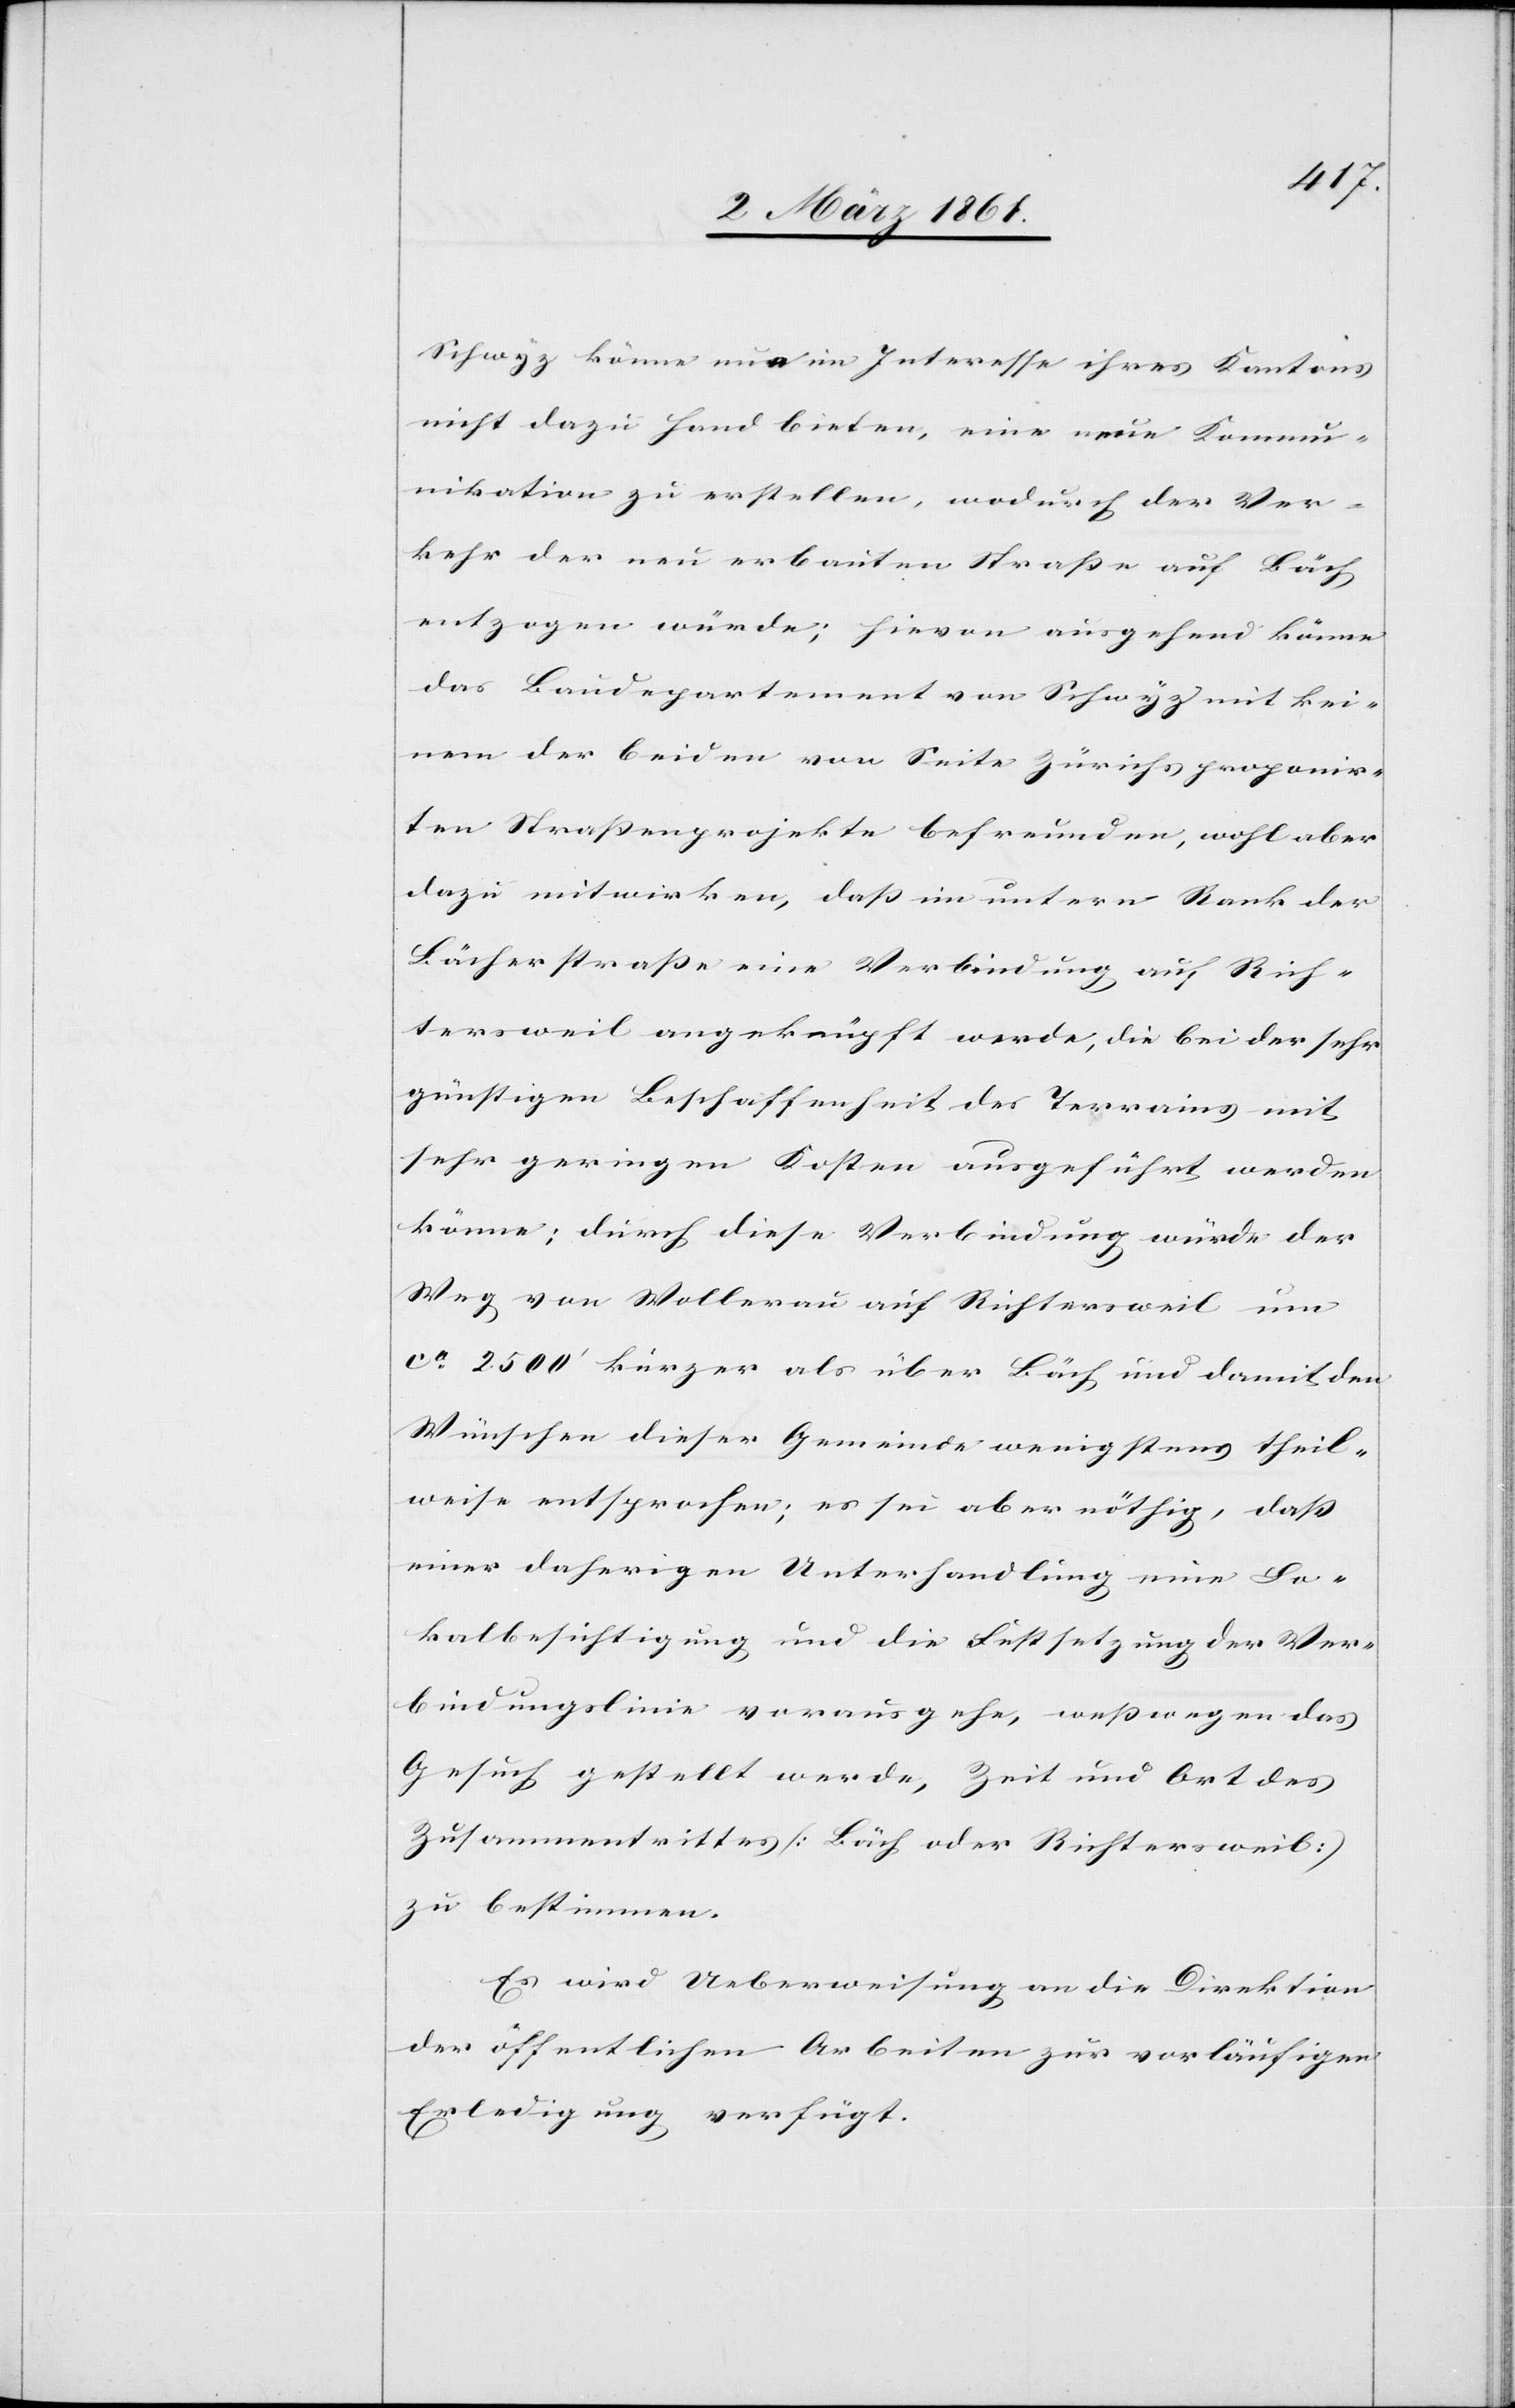
Schwyz könne nun im Interesse ihres Kantons
nicht dazu Hand bieten, eine neue Kommu¬
nikation zu erstellen, wodurch der Ver¬
kehr der neu erbauten Strasse auf Bäch
entzogen würde; hievon ausgehend könne
das Baudepartement von Schwyz mit kei¬
nen der beiden von Seite Zürichs proponir¬
ten Strassenprojekte befreunden, wohl aber
dazu mitwirken, dass im untern Rank der
Bächerstrasse eine Verbindung auf Rich¬
tersweil angeknüpft werde, bei der sehr
günstigen Beschaffenheit des Terrains mit
sehr geringen Kosten ausgeführt werden
könne; durch diese Verbindung würde der
Weg von Wollerau auf Richtersweil um
ca 2500’ kürzer als über Bäch und damit den
Wünschen dieser Gemeinde wenigstens theil¬
weise entsprochen; es sei aber nöthig, dass
einer daherigen Unterhandlung eine Lo¬
kalbesichtigung und die Festsetzung der Ver¬
bindungslinie vorausgehe, wesswegen das
Gesuch gestellt werde, Zeit und Ort des
Zusammentrittes (Bäch oder Richtersweil)
zu bestimmen.
Es wird Ueberweisung an die Direktion
der öffentlichen Arbeiten zur vorläufigen
Erledigung verfügt.